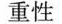
重性